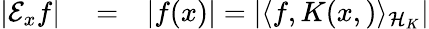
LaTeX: \begin{array}{rlr}{|{\cal{E}}_{x}f|}&{{}=}&{|f(x)|=|\langle f,K(x,)\rangle_{{\cal{H}}_{K}}|}\end{array}